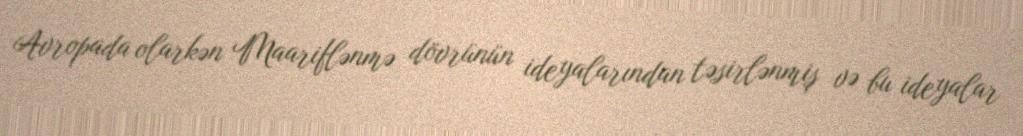
Avropada olarkən Maariflənmə dövrünün ideyalarından təsirlənmiş və bu ideyalar